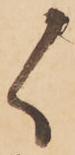
く